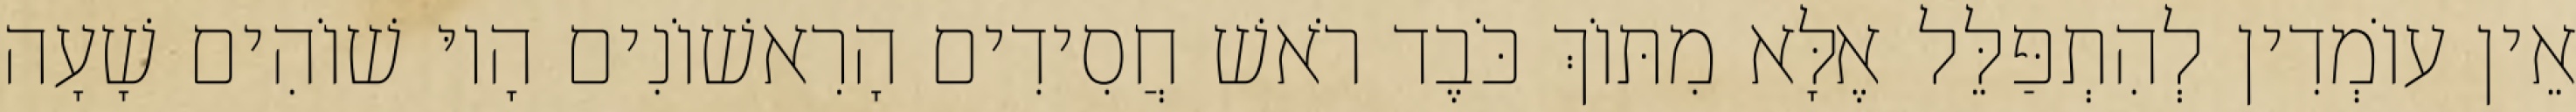
אֵין עוֹמְדִין לְהִתְפַּלֵּל אֶלָּא מִתּוֹךְ כֹּבֶד רֹאשׁ חֲסִידִים הָרִאשׁוֹנִים הָיוּ שׁוֹהִים שָׁעָה